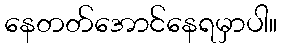
နေတတ်အောင်နေရမှာပါ။